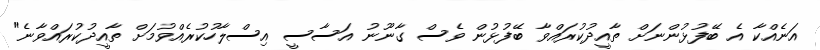
އަނެއްކާ އެ ބޭފުޅުންނަށް ތާއީދުކުރައްވާ ބޭފުޅުން ވެސް ގާނޫނު އަސާސީ އިސްލާހުކުރެއްވުމަށް ތާއީދުކުރައްވާނެ"